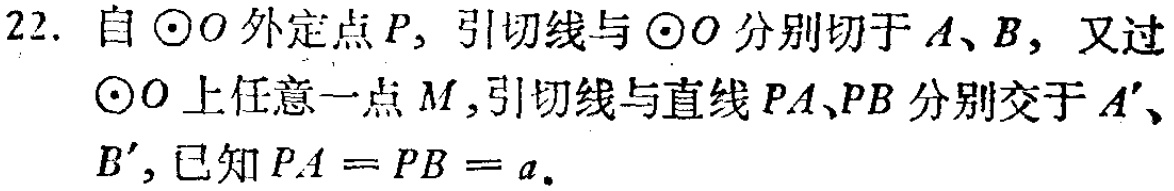
22. 自$\odot O$外定点$P$，引切线与$\odot O$分别切于$A$、$B$，又过$\odot O$上任意一点$M$，引切线与直线$PA$、$PB$分别交于$A'$、$B'$，已知$PA = PB = a$。